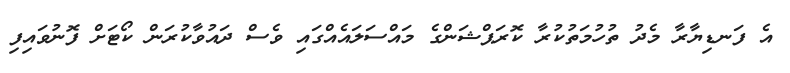
އެ ފަނޑިޔާރާ މެދު ތުހުމަތުކުރާ ކޮރަޕްޝަންގެ މައްސަލައެއްގައި ވެސް ދައުވާކުރަން ކޯޓަށް ފޮނުވައިފި